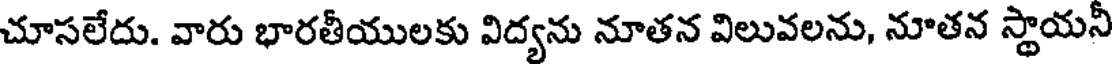
చూసలేదు. వారు భారతీయులకు విద్యను నూతన విలువలను, నూతన స్థాయనీ